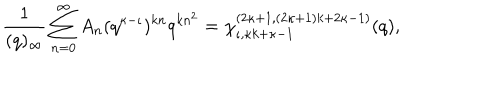
LaTeX: \frac { 1 } { ( q ) _ { \infty } } \sum _ { n = 0 } ^ { \infty } A _ { n } ( q ^ { \kappa - \iota } ) ^ { k n } q ^ { k n ^ { 2 } } = \chi _ { \iota , \kappa k + \kappa - 1 } ^ { ( 2 \kappa + 1 , ( 2 \kappa + 1 ) k + 2 \kappa - 1 ) } ( q ) ,